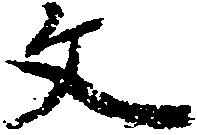
文